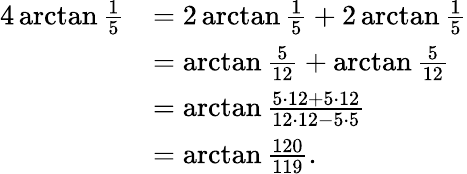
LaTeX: {\begin{array}{rl}{4\arctan{\frac{1}{5}}}&{=2\arctan{\frac{1}{5}}+2\arctan{\frac{1}{5}}}\\ &{=\arctan{\frac{5}{12}}+\arctan{\frac{5}{12}}}\\ &{=\arctan{\frac{5\cdot 12+5\cdot 12}{12\cdot 12-5\cdot 5}}}\\ &{=\arctan{\frac{120}{119}}.}\end{array}}